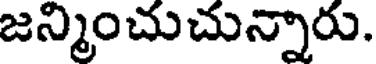
జన్మించుచున్నారు.